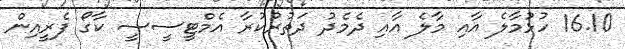
16.10 ހުޅުމާލެ އާއި މާލެ އާއި ދެމެދު ދަތުރުކުރާ އެމްޓީސީސީ ކާގޯ ފެރީއިން